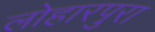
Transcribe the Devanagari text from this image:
लोहारपुरा